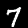
Label: 7